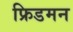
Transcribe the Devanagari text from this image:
फ्रिडमन